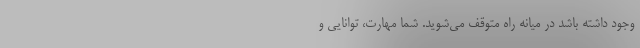
وجود داشته باشد در میانه راه متوقف می‌شوید. شما مهارت، توانایی و